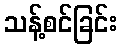
သန့်စင်ခြင်း